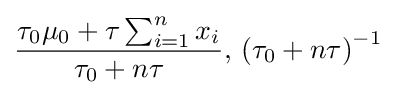
{\frac {\tau _{0}\mu _{0}+\tau \sum _{i=1}^{n}x_{i}}{\tau _{0}+n\tau }},\,\left(\tau _{0}+n\tau \right)^{-1}